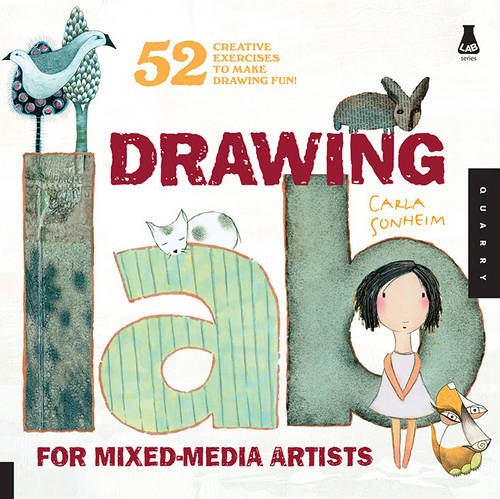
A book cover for Drawing Lab for Mixed-Media Artists: 52 Creative Exercises to Make Drawing Fun (Lab Series); Carla Sonheim; Crafts, Hobbies & Home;